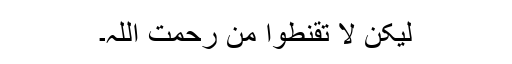
لیکن لا تقنطوا من رحمت اللہ۔